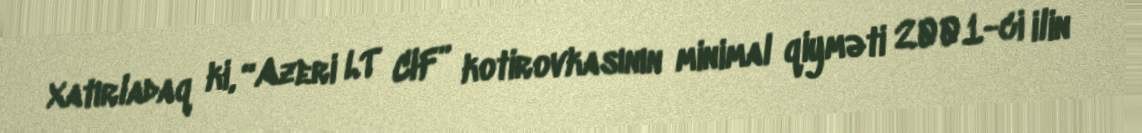
Xatırladaq ki, “Azeri LT CIF” kotirovkasının minimal qiyməti 2001-ci ilin